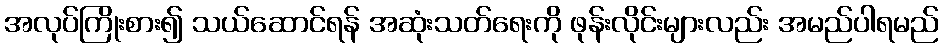
အလုပ်ကြိုးစား၍ သယ်ဆောင်ရန် အဆုံးသတ်ရေးကို ဖုန်းလိုင်းများလည်း အမည်ပါရမည်